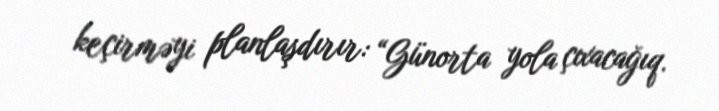
keçirməyi planlaşdırır: “Günorta yola çıxacağıq.